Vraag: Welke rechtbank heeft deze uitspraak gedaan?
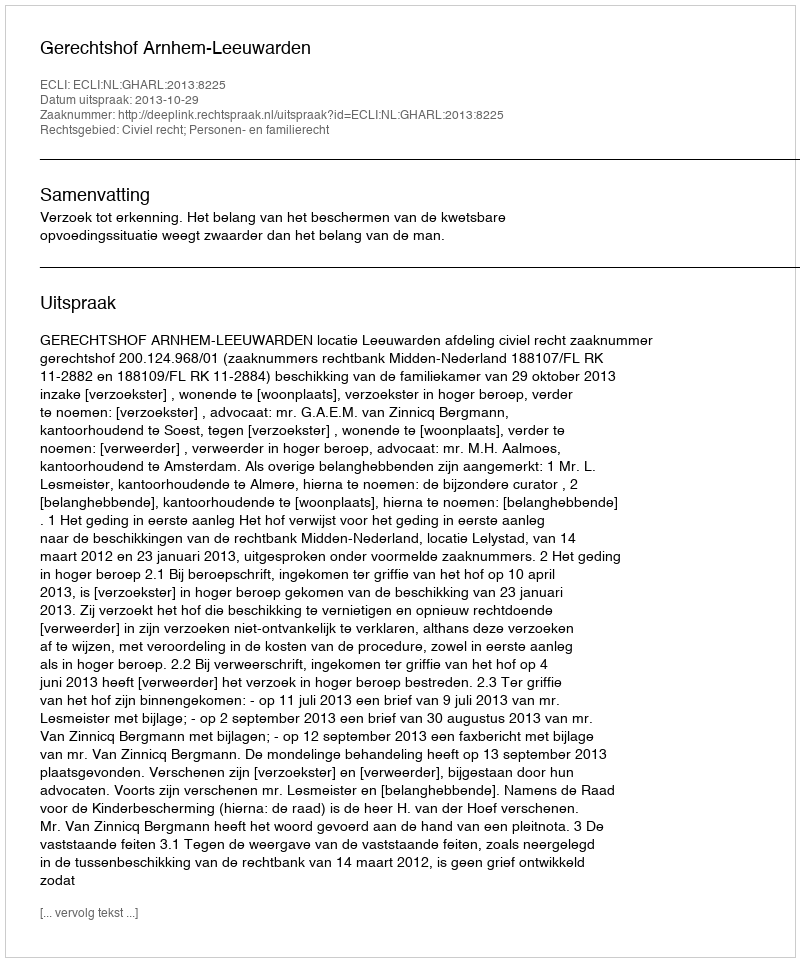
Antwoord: Gerechtshof Arnhem-Leeuwarden